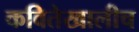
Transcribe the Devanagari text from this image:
कवितेखालीच